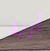
أريد